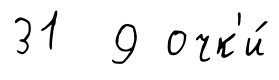
31 9 очк'и́